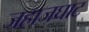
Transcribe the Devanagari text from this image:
जहाजघाट